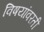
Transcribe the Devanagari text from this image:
विषयांवरती